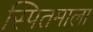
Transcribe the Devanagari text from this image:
स्पितमाला